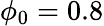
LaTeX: \phi_{0}=0.8